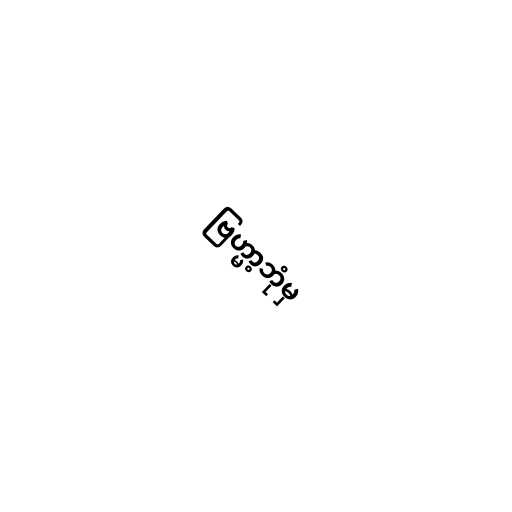
ဗြဟ္မာ့ဘုံမှ